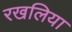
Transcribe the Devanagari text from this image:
रखलिया